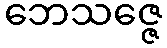
ဘေသဇ္ဇေ